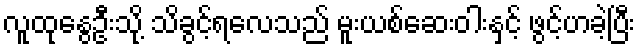
လူထုနွေဦးသို့ သိခွင့်ရလေသည် မူးယစ်ဆေးဝါးနှင့် ဖွင့်ဟခဲ့ပြီး